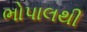
ભોપાલથી